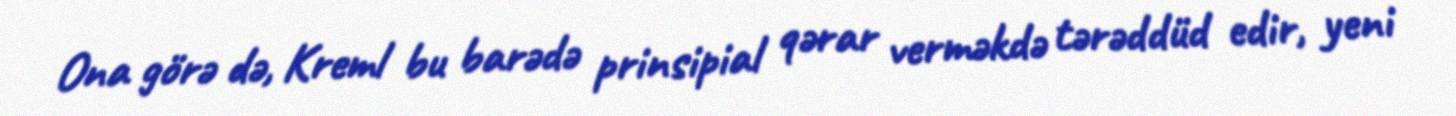
Ona görə də, Kreml bu barədə prinsipial qərar verməkdə tərəddüd edir, yeni